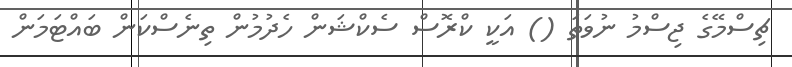
ޗިސްމޭގެ ޖިސްމު ނުވަތަ () އަކީ ކްރޮސް ސެކްޝަން ހެދުމުން ތިނެސްކަން ބައްޓަމަން